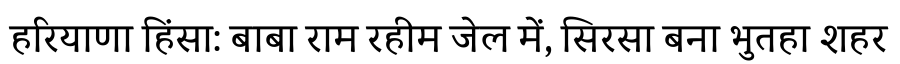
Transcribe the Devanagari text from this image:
हरियाणा हिंसा: बाबा राम रहीम जेल में, सिरसा बना भुतहा शहर